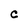
Character: C